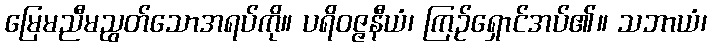
မြေမညီမညွတ်သောအရပ်ကို။ ပရိဝဇ္ဇနီယံ၊ ကြဉ်ရှောင်အပ်၏။ သဘာယံ၊